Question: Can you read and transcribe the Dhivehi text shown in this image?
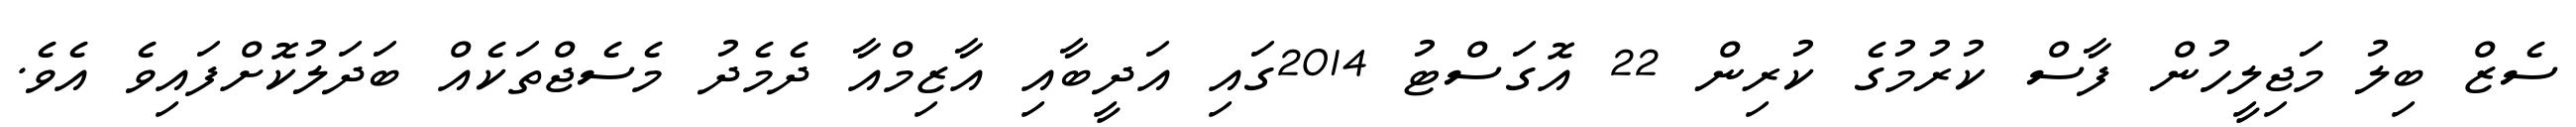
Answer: ސެޒް ބިލު މަޖިލީހުން ފާސް ކުރުމުގެ ކުރިން 22 އޮގަސްޓު 2014ގައި އަދީބާއި އާޒިމްއާ ދެމެދު މެސެޖްތަކެއް ބަދަލުކޮށްފައިވެ އެވެ.